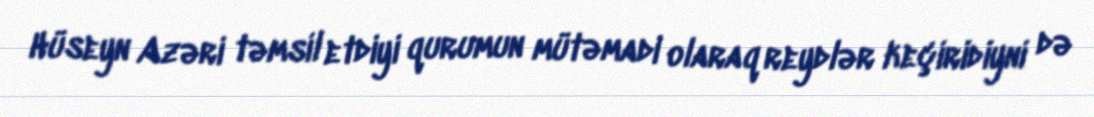
Hüseyn Azəri təmsil etdiyi qurumun mütəmadi olaraq reydlər keçiridiyni də